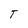
Character: T